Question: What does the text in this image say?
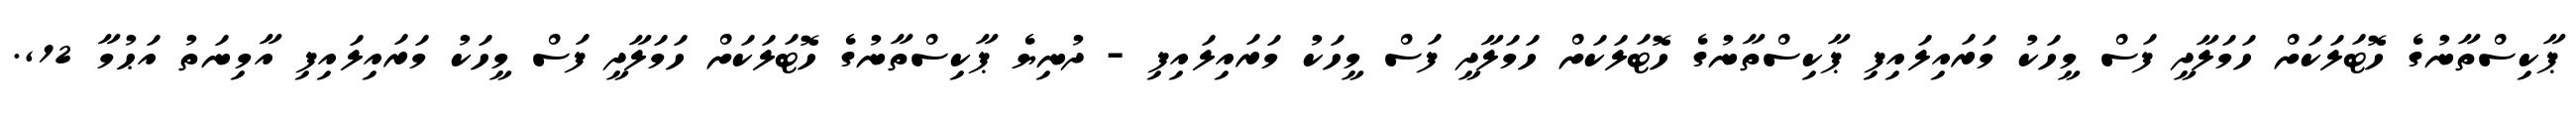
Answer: ޕާކިސްތާނުގެ ހޮޓަލަކަށް ހަމަލާދީ ފަސް މީހަކު މަރައިލައިފި ޕާކިސްތާނުގެ ހޮޓަލަކަށް ހަމަލާދީ ފަސް މީހަކު މަރައިލައިފި - ދުނިޔެ ޕާކިސްތާނުގެ ހޮޓަލަކަށް ހަމަލާދީ ފަސް މީހަކު މަރައިލައިފި އާމިނަތު އަޙުމާ 12,.